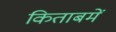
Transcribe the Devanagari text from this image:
किताबमें